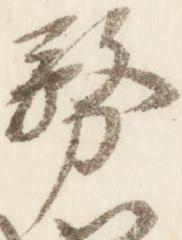
務